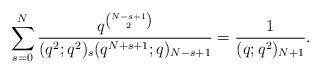
LaTeX: \begin{align*}\sum_{s=0}^{N} \frac{q^{\binom{N-s+1}{2}}}{(q^2;q^2)_s (q^{N+s+1};q)_{N-s+1}}=\frac{1}{(q;q^2)_{N+1}}. \end{align*}